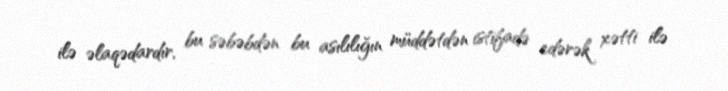
ilə əlaqədardır, bu səbəbdən bu asılılığın müddətdən istifadə edərək xətti ilə